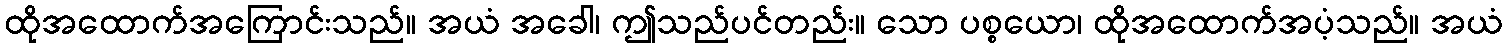
ထိုအထောက်အကြောင်းသည်။ အယံ အခေါ၊ ဤသည်ပင်တည်း။ သော ပစ္စယော၊ ထိုအထောက်အပံ့သည်။ အယံ